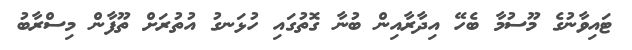
ޓައިވާނުގެ މޫސުމާ ބެހޭ އިދާރާއިން ބުނާ ގޮތުގައި ހުޅަނގު އުތުރަށް ތޫފާން މިސްރާބު